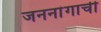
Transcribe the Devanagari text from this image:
जननांगाची